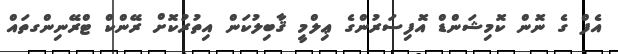
އެފް ގެ ނޮން ކޮމިޝަންޑް އޮފިސަރުންގެ ޢިލްމީ ޤާބިލުކަން އިތުރުކޮށް ރޭންކް ޓްރޭނިންގތައް